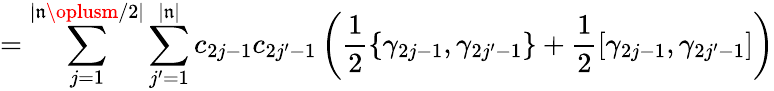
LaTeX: =\sum_{j=1}^{|\mathfrak{n}\oplusm/2|}\sum_{j^{\prime}=1}^{|\mathfrak{n}|}c_{2j-1}c_{2j^{\prime}-1}\left(\frac{{1}}{{2}}\{ \gamma_{2j-1},\gamma_{2j^{\prime}-1}\} +\frac{{1}}{{2}}[\gamma_{2j-1},\gamma_{2j^{\prime}-1}]\right)